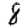
Digit: 8